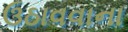
ઉઠાવવાના